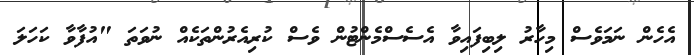
އެހެން ނަމަވެސް މިހާރު ލިބިފައިވާ އެސެސްމެންޓުން ވެސް ކުރިއެރުންތަކެއް ނުވަތަ "އުފާވާ ކަހަލަ